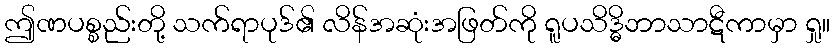
ဤဏပစ္စည်းတို့ သက်ရာပုဒ်၏ လိန်အဆုံးအဖြတ်ကို ရူပသိဒ္ဓိဘာသာဋီကာမှာ ရှု။